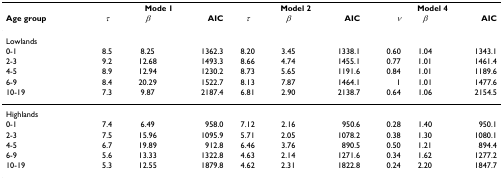
|  | <COLSPAN=3> Mode 1 | <COLSPAN=3> Model 2 | <COLSPAN=3> Model 4 |
 | Age group | τ | β | AIC | τ | β | AIC | ν | β | AIC |
 | --- | --- | --- | --- | --- | --- | --- | --- | --- | --- |
 | Lowlands |  |  |  |  |  |  |  |  |  |
 | 0-1 | 8.5 | 8.25 | 1362.3 | 8.20 | 3.45 | 1338.1 | 0.60 | 1.04 | 1343.1 |
 | 2-3 | 9.2 | 12.68 | 1493.3 | 8.66 | 4.74 | 1455.1 | 0.77 | 1.01 | 1461.4 |
 | 4-5 | 8.9 | 12.94 | 1230.2 | 8.73 | 5.65 | 1191.6 | 0.84 | 1.01 | 1189.6 |
 | 6-9 | 8.4 | 20.29 | 1522.7 | 8.13 | 7.87 | 1464.1 | 1 | 1.01 | 1477.6 |
 | 10-19 | 7.3 | 9.87 | 2187.4 | 6.81 | 2.90 | 2138.7 | 0.64 | 1.06 | 2154.5 |
 | Highlands |  |  |  |  |  |  |  |  |  |
 | 0-1 | 7.4 | 6.49 | 958.0 | 7.12 | 2.16 | 950.6 | 0.28 | 1.40 | 950.1 |
 | 2-3 | 7.5 | 15.96 | 1095.9 | 5.71 | 2.05 | 1078.2 | 0.38 | 1.30 | 1080.1 |
 | 4-5 | 6.7 | 19.89 | 912.8 | 6.46 | 3.76 | 890.5 | 0.50 | 1.21 | 894.4 |
 | 6-9 | 5.6 | 13.33 | 1322.8 | 4.63 | 2.14 | 1271.6 | 0.34 | 1.62 | 1277.2 |
 | 10-19 | 5.3 | 12.55 | 1879.8 | 4.62 | 2.31 | 1822.8 | 0.24 | 2.20 | 1847.7 |